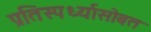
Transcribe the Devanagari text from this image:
प्रतिस्पर्ध्यासोबत